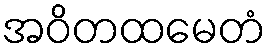
အဝိတထမေတံ